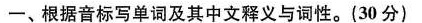
一、根据音标写单词及其中文释义与词性。(30分)